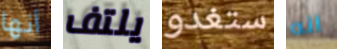
أنها يلتف ستغدو انه